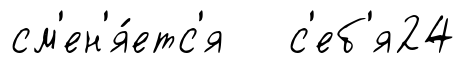
см'ен'я́етс'я с'еб'я24